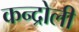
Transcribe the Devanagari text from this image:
कन्द्रोली